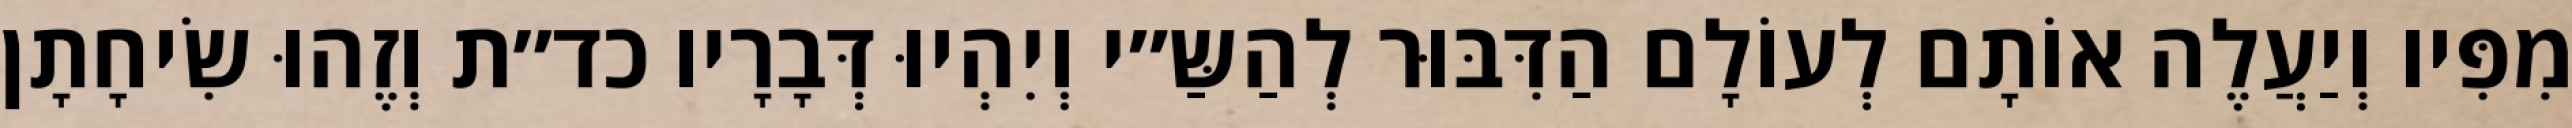
מִפִּיו וְיַעֲלֶה אוֹתָם לְעוֹלָם הַדִּבּוּר לְהַשַּ״י וְיִהְיוּ דְּבָרָיו כד״ת וְזֶהוּ שִׂיחָתָן